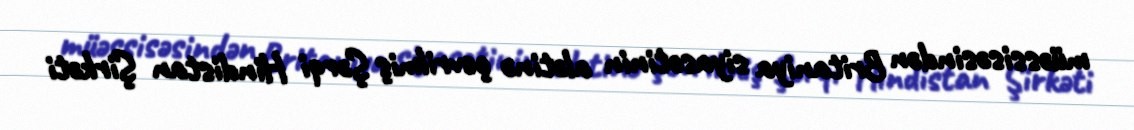
müəssisəsindən Britaniya siyasətinin alətinə çevrilmiş Şərqi Hindistan Şirkəti